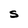
Character: S